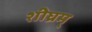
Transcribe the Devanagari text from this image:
शीघ्रम्